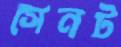
সেনট